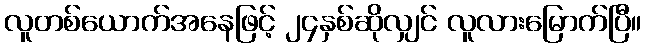
လူတစ်ယောက်အနေဖြင့် ၂၄နှစ်ဆိုလျှင် လူလားမြောက်ပြီ။